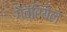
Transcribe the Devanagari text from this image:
गैब्रियेल